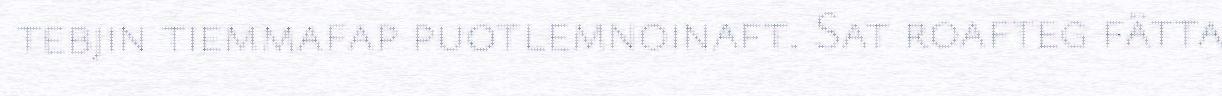
tebjin tiemmafap puotlemnoinaft. Sat roafteg fätta